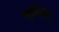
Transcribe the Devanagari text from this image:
चेंडुस